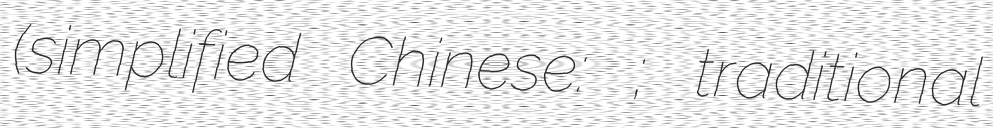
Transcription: (simplified Chinese: 刘知几; traditional